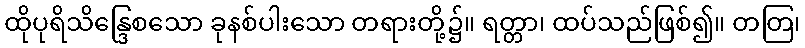
ထိုပုရိသိန္ဒြေစသော ခုနစ်ပါးသော တရားတို့၌။ ရတ္တာ၊ ထပ်သည်ဖြစ်၍။ တတြ၊